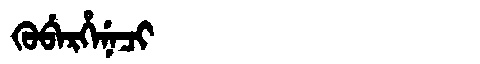
Manchu: ᡴᡠᠪᡝᡵᡥᡝᠨᡝᠴᡳ
Romanization: KUBERHENECI